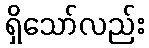
ရှိသော်လည်း